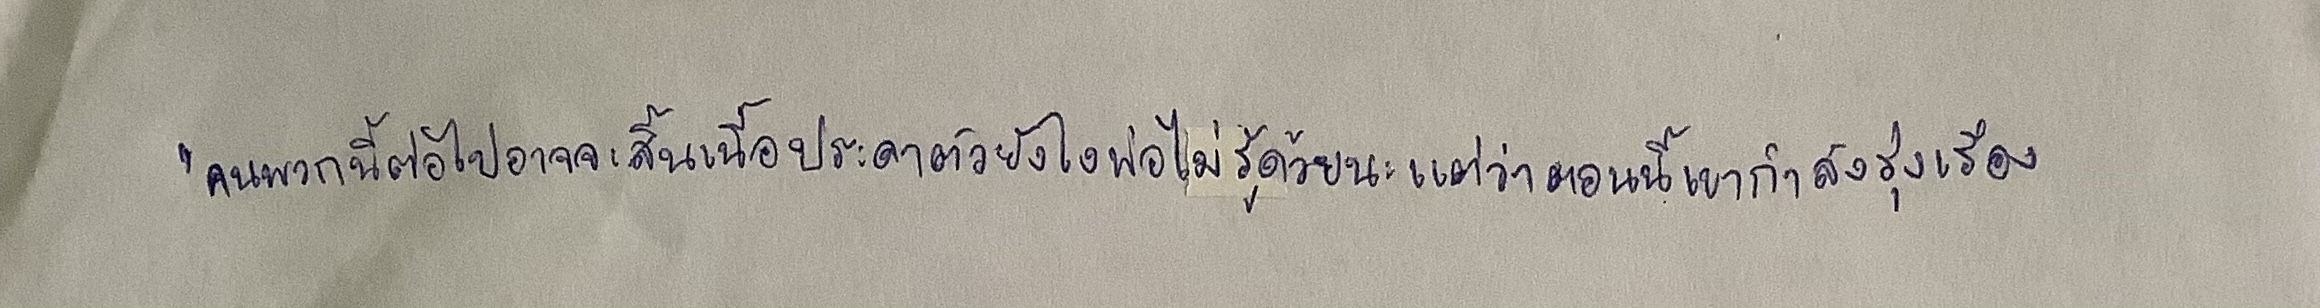
"คนพวกนี้ต่อไปอาจจะสิ้นเนื้อประดาตัวยังไงพ่อไม่รู้ด้วยนะแต่ว่าตอนนี้เขากำลังรุ่งเรือง